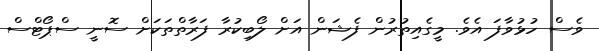
ވެސް ހުޅުވާފަ އެވެ. މީގެއިތުރުން ފެޝަން އަށް ލޯބިކުރާ ފަރާތްތަކަށް ސޮނީ ސްޕޯޓްސް